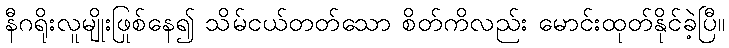
နီဂရိုးလူမျိုးဖြစ်နေ၍ သိမ်ငယ်တတ်သော စိတ်ကိုလည်း မောင်းထုတ်နိုင်ခဲ့ပြီ။